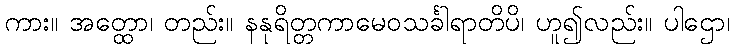
ကား။ အတ္ထော၊ တည်း။ နနုရိတ္တကာမေဝသင်္ခါရာတိပိ၊ ဟူ၍လည်း။ ပါဌော၊